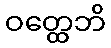
ဝတ္ထေဘိ